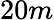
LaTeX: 20m